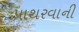
પાથરવાની